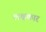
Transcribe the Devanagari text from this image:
लक्षकार